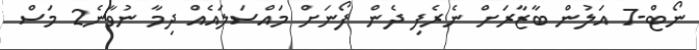
ނޯޓް-7 އަލުން ބާޒާރަށް ނެރެފި ދެން ފޯނަށް މައްސަލައެއް ދިމާ ނުވާނެ2 މަސް